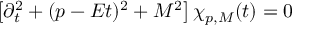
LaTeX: \left[ \partial _ { t } ^ { 2 } + ( p - E t ) ^ { 2 } + M ^ { 2 } \right] \chi _ { p , M } ( t ) = 0